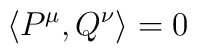
\left\langle P^{\mu },Q^{\nu }\right\rangle =0